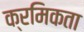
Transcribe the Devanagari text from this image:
क्रमिकता